Kominterni_Eesti_sektsioon_Moskvas, lk 38
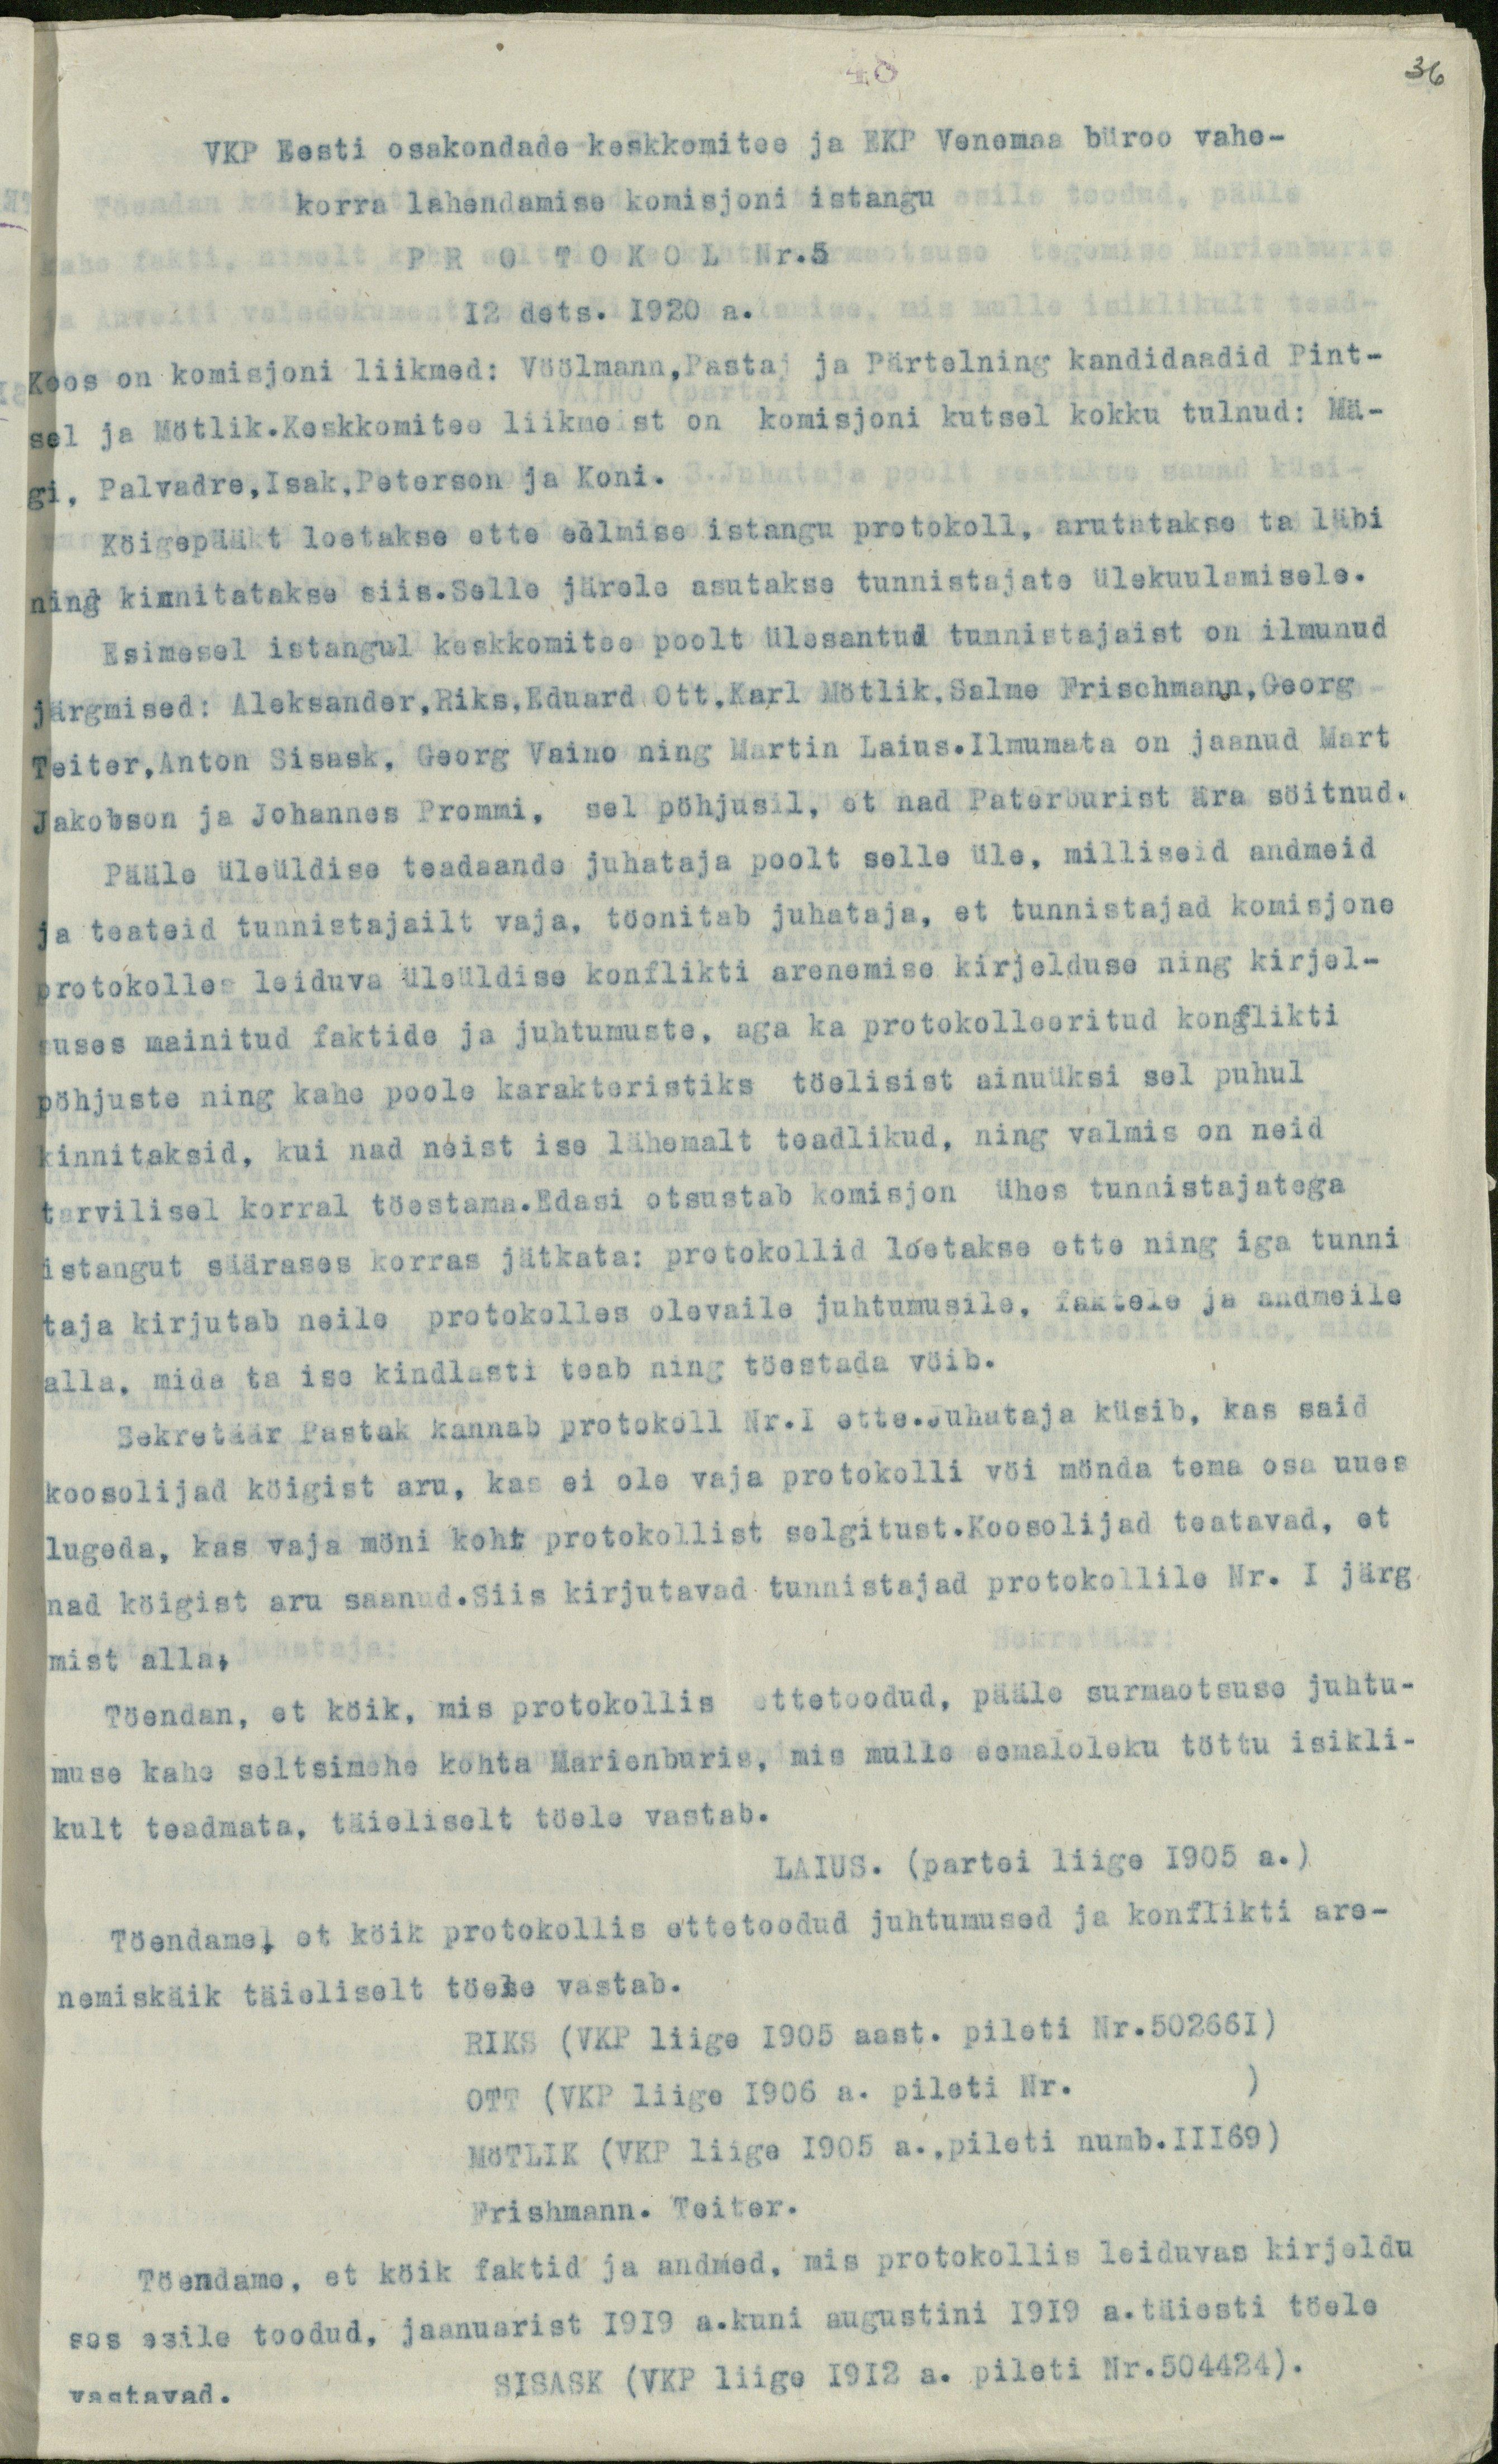
36

48
VKP Eesti osakondade keskkomitee ja EKP Venemaa büroo vahe-
korra lahendamise komisjoni istangu
PROTOKOL Nr.5
12 dets. 1920 a.
Koos on komisjoni liikmed: Vöölmann, Pastak ja Pärtelning kandidaadid Pint-
sel ja Mötlik.Keskkomitee liikmeist on komisjoni kutsel kokku tulnud: Mä-
gi, Palvadre, Isak, Peterson ja Koni.
Köigepääkt loetakse ette eelmise istangu protokoll, arutatakse ta läbi
ning kinnitatakse siis. Selle järele asutakse tunnistajate ülekuulamisele.
Esimesel istangul keskkomitee poolt ülesantud tunnistajaist on ilmunud
järgmised: Aleksander, Riks, Eduard Ott,Karl Mötlik, Salme Frischmann, Georg
Teiter,Anton Sisask, Georg Vaino ning Martin Laius. Ilmumata on jaanud Mart
Jakobson ja Johannes Prommi, sel pöhjusil, et nad Peterburist ära söitnud.
Pääle üleüldise teadaande juhataja poolt selle üle, milliseid andmeid
ja teateid tunnistajailt vaja, toonitab juhataja, et tunnistajad komisjone
protokolles leiduva üleüldise konflikti arenemise kirjelduse ning kirjel-
uses mainitud faktide ja juhtumuste, aga ka protokolleeritud konflikti
pöhjuste ning kahe poole karakteristiks töelisist ainuüksi sel puhul
kinnitaksid, kui nad neist ise lähemalt teadlikud, ning valmis on neid
tarvilisel korral töestama.Edasi otsustab komisjon ühes tunnistajatega
istangut säärases korras jätkata: protokollid loetakse ette ning iga tunni
taja kirjutab neile protokolles olevaile juhtumusile, faktele ja andmeile
alla, mida ta ise kindlasti teab ning töestada vöib.
Sekretäär Pastak kannab protokoll Nr.1 ette.Juhataja küsib, kas said
koosolijad köigist aru, kas ei ole vaja protokolli vöi mönda tema osa uues
lugeda, kas vaja möni koht protokollist selgitust. Koosolijad teatavad, et
nad köigist aru saanud. Siis kirjutavad tunnistajad protokollile Nr. 1 järg
mist alla.
Töendan, et köik, mis protokollis ettetoodud, pääle surmaotsuse juhtu-
muse kahe seltsimehe kohta Marienburis, mis mulle eemaloleku töttu isikli-
kult teadmata, täieliselt töele vastab.
LAIUS. (partei liige 1905 a.)
Töendame, et köik protokollis ettetoodud juhtumused ja konflikti are-
nemiskäik täieliselt töede vastab.
RIKS (VKP liige 1905 aast. pileti Nr.502661)
OTT (VKP liige 1906 a. pileti Nr. )
MöTLIK (VKP liige 1905 a., pileti numb.11169)
Frishmann. Teiter.
Töendame, et köik faktid ja andmed, mis protokollis leiduvas kirjeldu
ses esile toodud, jaanuarist 1919 a.kuni augustini 1919.a.täiesti töele
vastavad.
SISASK (VKP liige 1912 a. pileti Nr.504424).